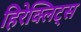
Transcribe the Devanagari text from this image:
हिरेक्लिट्स